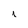
Character: i